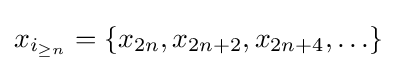
x_{i_{\geq n}}=\left\{x_{2n},x_{2n+2},x_{2n+4},\ldots \right\}